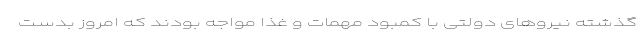
گذشته نیرو‌های دولتی با کمبود مهمات و غذا مواجه بودند که امروز بدست